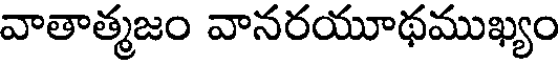
వాతాత్మజం వానరయూథముఖ్యం